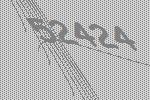
52424